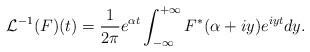
LaTeX: \begin{align*} {\mathcal L}^{-1}(F)(t)={1\over 2\pi}e^{\alpha t}\int_{-\infty}^{+\infty}F^*(\alpha +iy)e^{iyt}dy.\end{align*}